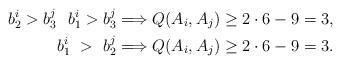
LaTeX: \begin{align*} b^i_2 > b^j_3 \ \ b^i_1 > b^j_3& \Longrightarrow Q(A_i,A_j) \geq 2 \cdot 6 - 9 = 3, \\ b^i_1 \ > \ b^j_2 &\Longrightarrow Q(A_i,A_j) \geq 2 \cdot 6 - 9 = 3. \end{align*}